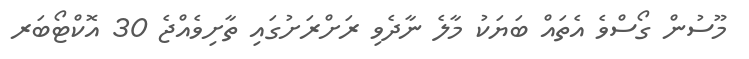
މޫސުން ގޯސްވެ އެތައް ބަޔަކު މާލެ ނާދެވި ރަށްރަށުގައި ތާށިވެއްޖެ 30 އޮކްޓޯބަރ